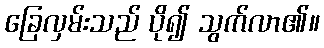
ခြေလှမ်းသည် ပို၍ သွက်လာ၏။